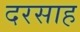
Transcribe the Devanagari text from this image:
दरसाह